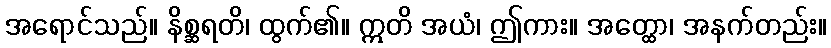
အရောင်သည်။ နိစ္ဆရတိ၊ ထွက်၏။ ဣတိ အယံ၊ ဤကား။ အတ္ထော၊ အနက်တည်း။